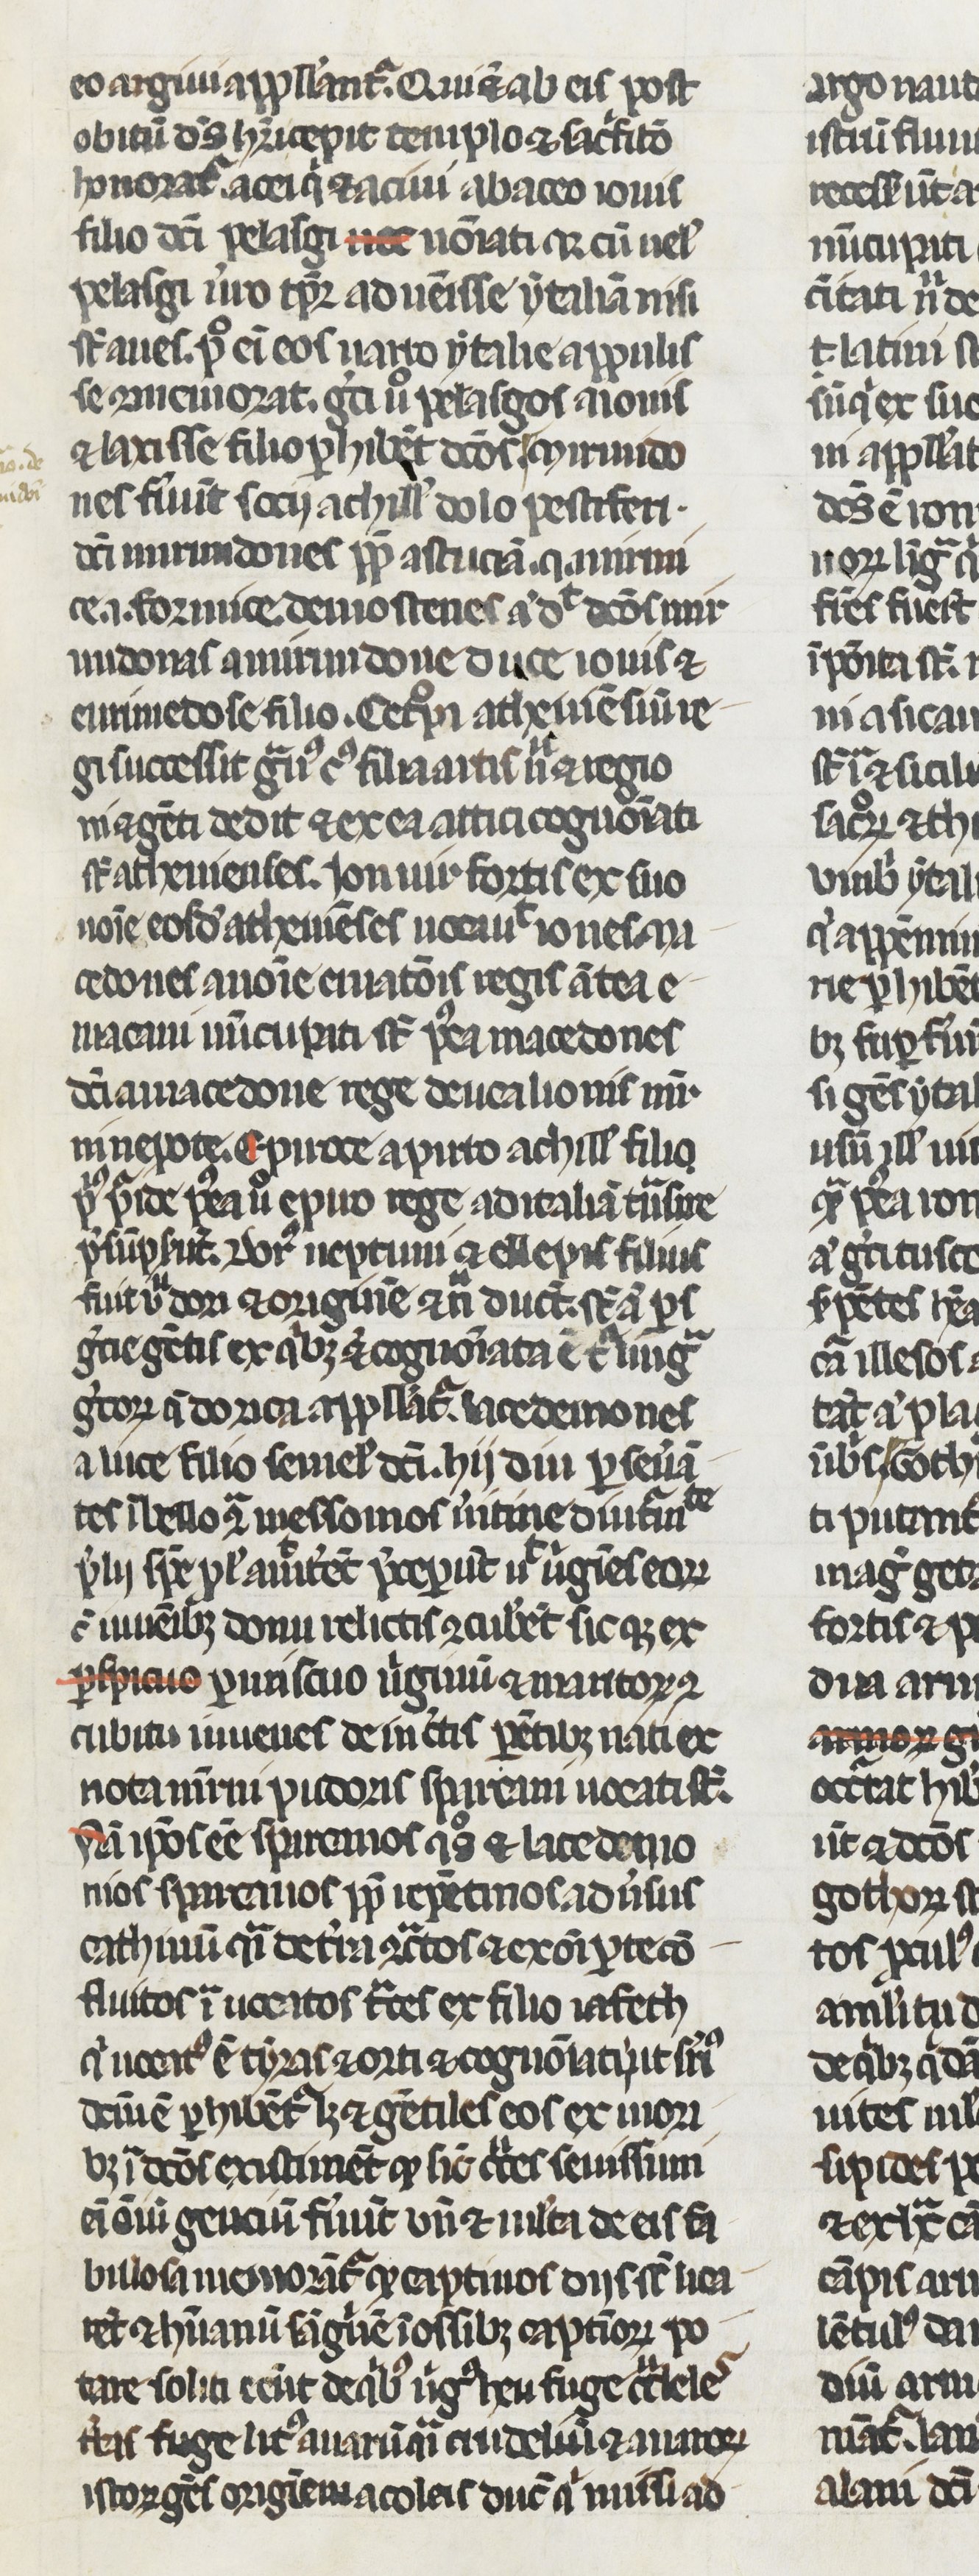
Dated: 1250–1299